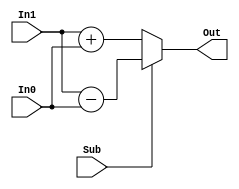
module AddSub_mod #(parameter SIZE = 8) (
	
	input Sub,
	input [SIZE-1:0] In1, In0,
	output [SIZE-1:0] Out
	);

	
	assign Out = Sub?(In1-In0):(In1+In0);
	





endmodule